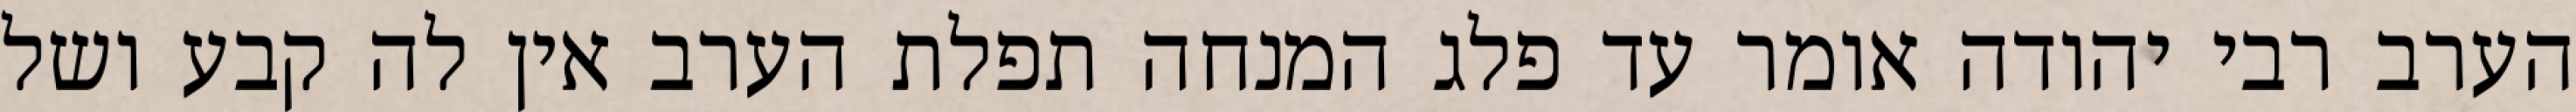
הערב רבי יהודה אומר עד פלג המנחה תפלת הערב אין לה קבע ושל